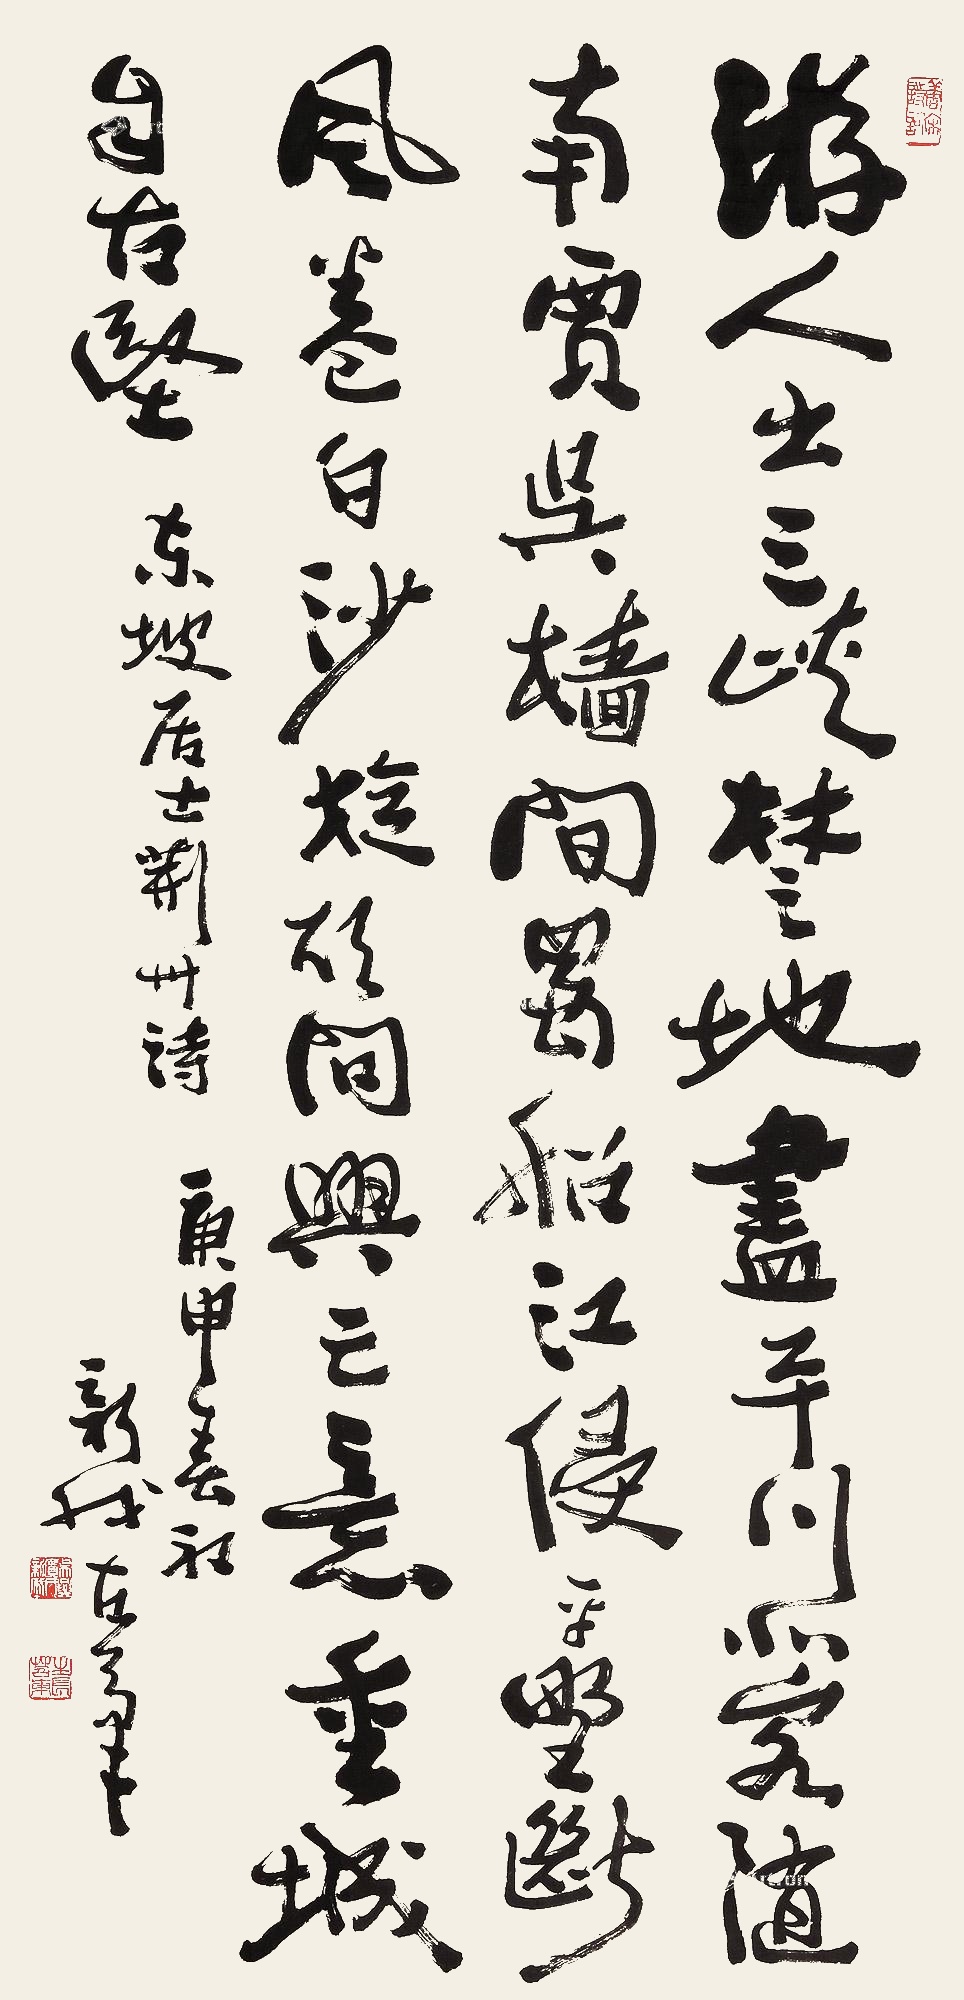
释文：游人出三峡，楚地尽平川。北客随南贾，吴樯间蜀船。江侵平野断，风卷白沙旋。欲问兴亡意，重城自古坚。东坡居士荆州诗，庚申（1980年）春初新我左笔。